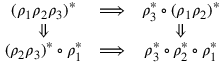
\begin{array} { c c c } { { ( \rho _ { 1 } \rho _ { 2 } \rho _ { 3 } ) ^ { * } } } & { { \Longrightarrow } } & { { \rho _ { 3 } ^ { * } \circ ( \rho _ { 1 } \rho _ { 2 } ) ^ { * } } } \\ { { \Downarrow } } & { { } } & { { \Downarrow } } \\ { { ( \rho _ { 2 } \rho _ { 3 } ) ^ { * } \circ \rho _ { 1 } ^ { * } } } & { { \Longrightarrow } } & { { \rho _ { 3 } ^ { * } \circ \rho _ { 2 } ^ { * } \circ \rho _ { 1 } ^ { * } } } \end{array}